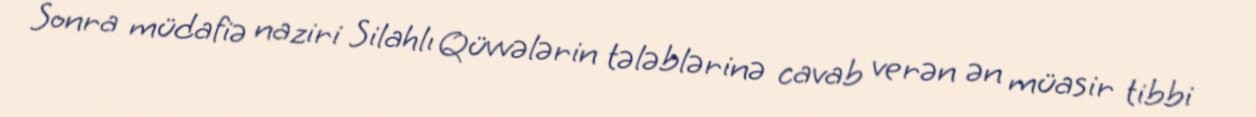
Sonra müdafiə naziri Silahlı Qüvvələrin tələblərinə cavab verən ən müasir tibbi